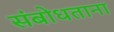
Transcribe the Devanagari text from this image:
संबोधताना